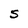
Character: S